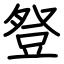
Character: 豋